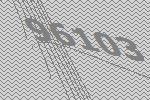
96103